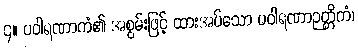
၄။ ပဝါရဏာကံ၏ အစွမ်းဖြင့် ထားအပ်သော ပဝါရဏာဉတ္တိကံ၊